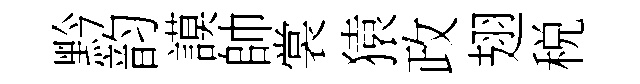
黔韵謨帥裳猿政翅税